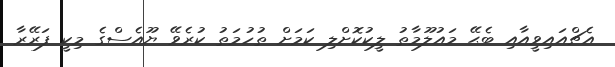
އެޗްއައިވީއާއި ބެޙޭ މައުލޫމާތު ލީކުކޮށްލި ކަމަށް ތުހުމަތު ކުރެވޭ ޔޫއެސްގެ މިކީ ފަރޭރާ